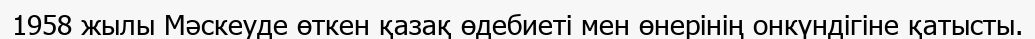
1958 жылы Мәскеуде өткен қазақ өдебиеті мен өнерінің онкүндігіне қатысты.